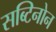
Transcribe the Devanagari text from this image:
सब्टिनोन